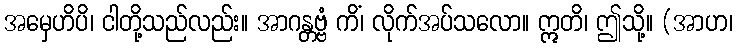
အမှေဟိပိ၊ ငါတို့သည်လည်း။ အာဂန္တဗ္ဗံ ကိံ၊ လိုက်အပ်သလော။ ဣတိ၊ ဤသို့။ (အာဟ၊